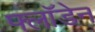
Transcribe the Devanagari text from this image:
फ्लॉडेन